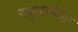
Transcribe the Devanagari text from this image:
राष्ट्रसभेला